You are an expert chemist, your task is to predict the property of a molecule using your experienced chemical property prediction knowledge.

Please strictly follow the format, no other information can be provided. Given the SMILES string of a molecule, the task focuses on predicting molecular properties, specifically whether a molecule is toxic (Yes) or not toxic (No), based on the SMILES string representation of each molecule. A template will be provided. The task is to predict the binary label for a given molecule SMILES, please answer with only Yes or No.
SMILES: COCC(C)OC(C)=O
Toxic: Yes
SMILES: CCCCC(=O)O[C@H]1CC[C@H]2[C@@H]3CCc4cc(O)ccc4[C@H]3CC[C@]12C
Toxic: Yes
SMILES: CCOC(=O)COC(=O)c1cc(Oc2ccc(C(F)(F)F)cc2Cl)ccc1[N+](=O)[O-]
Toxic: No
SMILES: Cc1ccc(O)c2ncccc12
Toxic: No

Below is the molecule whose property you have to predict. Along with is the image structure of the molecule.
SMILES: CCn1cc(C(=O)O)c(=O)c2cc(F)c(N3CCNC(C)C3)c(F)c21
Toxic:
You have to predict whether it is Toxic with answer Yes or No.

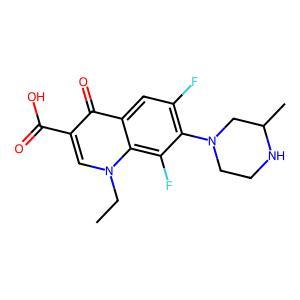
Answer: No